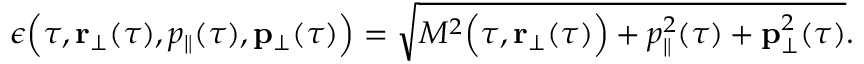
\epsilon \Bigl ( \tau , { \bf r } _ { \perp } ( \tau ) , p _ { \parallel } ( \tau ) , { \bf p } _ { \perp } ( \tau ) \Bigr ) = \sqrt { M ^ { 2 } \Bigl ( \tau , { \bf r } _ { \perp } ( \tau ) \Bigr ) + p _ { \parallel } ^ { 2 } ( \tau ) + { \bf p } _ { \perp } ^ { 2 } ( \tau ) } .